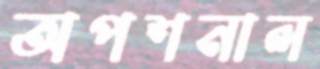
অপশনাল